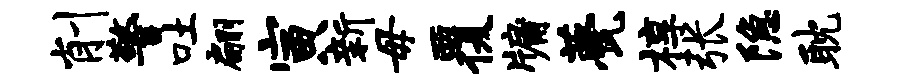
削警吐翩寅新毋覆牖甍椁张隐耽